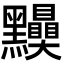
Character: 𪓆